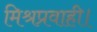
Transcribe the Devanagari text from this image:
मिश्रप्रवाही।